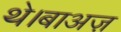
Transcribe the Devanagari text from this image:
थे।बाअज़